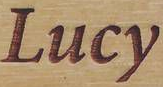
Lucy